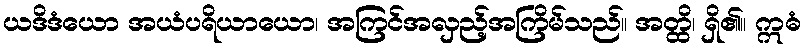
ယဒိဒံယော အယံပရိယာယော၊ အကြင်အလှည့်အကြိမ်သည်။ အတ္ထိ၊ ရှိ၏။ ဣဓံ